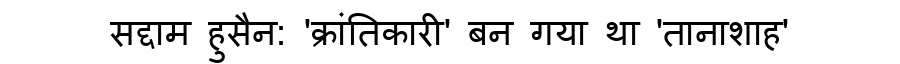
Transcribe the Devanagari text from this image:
सद्दाम हुसैन: 'क्रांतिकारी' बन गया था 'तानाशाह'